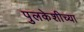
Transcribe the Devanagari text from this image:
पुलकेशीच्या